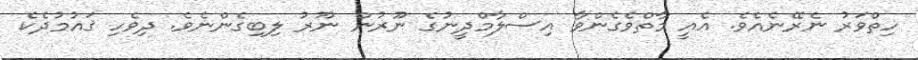
ހިތްވަރު ނެރޭނެއެވެ. އެއީ މާތްވެގެންވާ އިސްލާމްދީނުގެ ނޫރުން ނޫރު ލިބިގެންނެވެ. ދިވެހި ޤައުމުދެކެ